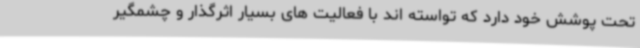
تحت پوشش خود دارد که تواسته اند با فعالیت های بسیار اثرگذار و چشمگیر